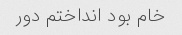
خام بود انداختم دور